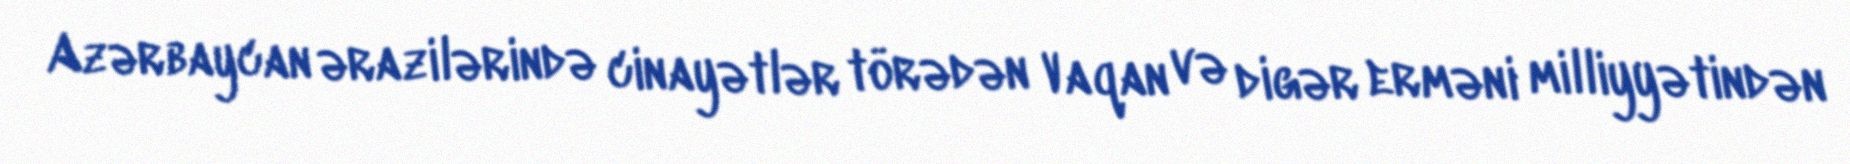
Azərbaycan ərazilərində cinayətlər törədən Vaqan və digər erməni milliyyətindən